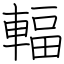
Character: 輻